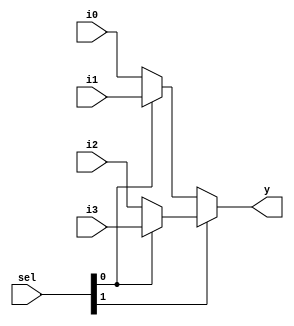
module mux4to1_32b (i0, i1,i2,i3, sel, y);
  input [31:0] i0, i1,i2,i3;
  input [1:0] sel;
  output [31:0] y;
  
  assign y = sel[1] ? (sel[0] ? i3 : i2) : (sel[0] ? i1 : i0);
  
endmodule